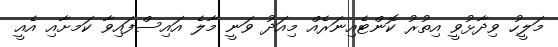
މަލީހު ވިދާޅުވީ އިތުރު ކޮންޓެއިނަރެއް މިއަދު ވަނީ މާލެ އައިސްފައިވާ ކަމށާއި އެއީ